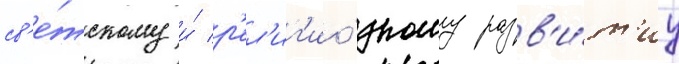
св'е́тскому и́ р'ел'иг'ио́зному разв'и́т'иу